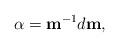
LaTeX: \begin{align*}{\bf\alpha} = {\bf m}^{-1} d{\bf m},\end{align*}